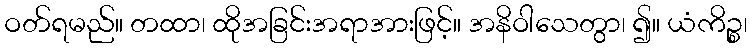
ဝတ်ရမည်။ တထာ၊ ထိုအခြင်းအရာအားဖြင့်။ အနိဝါသေတွာ၊ ၍။ ယံကိဉ္စ၊